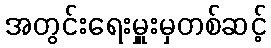
အတွင်းရေးမှူးမှတစ်ဆင့်